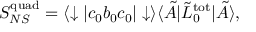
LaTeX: S _ { N S } ^ { \mathrm { q u a d } } = \langle \downarrow | c _ { 0 } b _ { 0 } c _ { 0 } | \downarrow \rangle \langle \tilde { A } | \tilde { L } _ { 0 } ^ { \mathrm { t o t } } | \tilde { A } \rangle ,